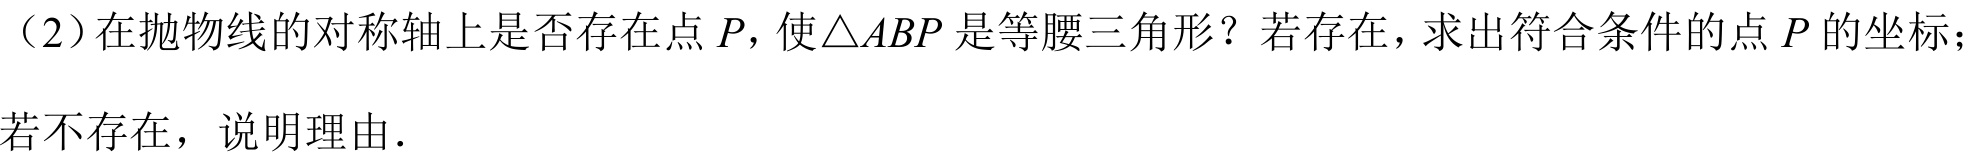
（2）在抛物线的对称轴上是否存在点\(P\)，使\(\triangle ABP\)是等腰三角形？若存在，求出符合条件的点\(P\)的坐标；若不存在，说明理由．